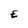
Character: E